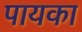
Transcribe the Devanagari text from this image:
पायका